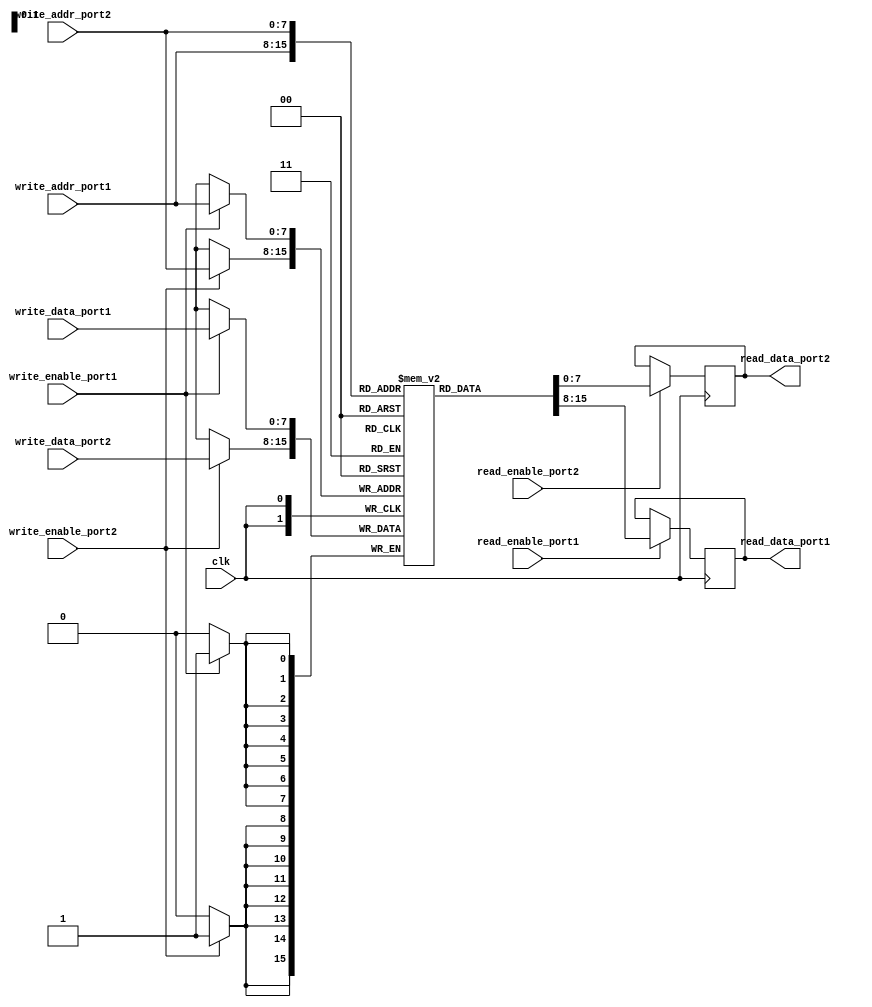
module dual_port_ram (
    input wire clk,                    // Clock signal
    input wire [7:0] write_data_port1, // Data input port 1
    input wire [7:0] write_data_port2, // Data input port 2
    input wire [7:0] write_addr_port1, // Address input port 1
    input wire [7:0] write_addr_port2, // Address input port 2
    input wire write_enable_port1,     // Write enable signal for port 1
    input wire write_enable_port2,     // Write enable signal for port 2
    input wire read_enable_port1,      // Read enable signal for port 1
    input wire read_enable_port2,      // Read enable signal for port 2

    output reg [7:0] read_data_port1,  // Data output port 1
    output reg [7:0] read_data_port2   // Data output port 2
);

reg [7:0] memory [0:255]; // 256 memory locations

always @(posedge clk) begin
    if (write_enable_port1) begin
        memory[write_addr_port1] <= write_data_port1;
    end
    if (write_enable_port2) begin
        memory[write_addr_port2] <= write_data_port2;
    end
    if (read_enable_port1) begin
        read_data_port1 <= memory[write_addr_port1];
    end
    if (read_enable_port2) begin
        read_data_port2 <= memory[write_addr_port2];
    end
end

endmodule